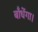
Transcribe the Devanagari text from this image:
बाँधेंगा।